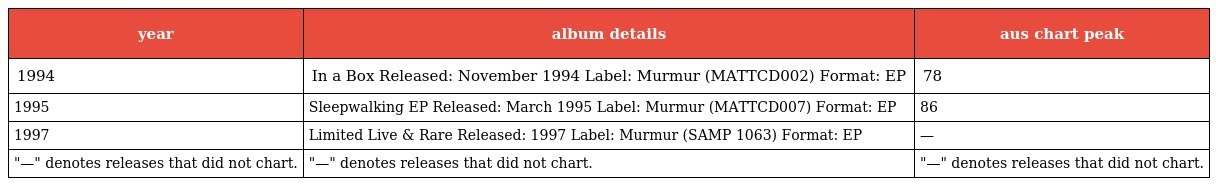
| year | album details | aus chart peak |
 | --- | --- | --- |
 | 1994 | In a Box Released: November 1994 Label: Murmur (MATTCD002) Format: EP | 78 |
 | 1995 | Sleepwalking EP Released: March 1995 Label: Murmur (MATTCD007) Format: EP | 86 |
 | 1997 | Limited Live & Rare Released: 1997 Label: Murmur (SAMP 1063) Format: EP | — |
 | "—" denotes releases that did not chart. | "—" denotes releases that did not chart. | "—" denotes releases that did not chart. |